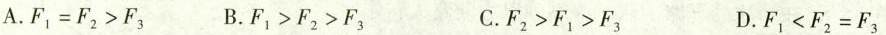
A.F_{1}=F_{2}＞F_{3} B.F_{1}＞F_{2}＞F_{3} C.F_{2}＞F_{1}＞F_{3} D.F_{1}＜F_{2}=F_{3}